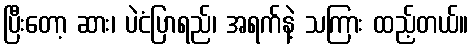
ပြီးတော့ ဆား၊ ပဲငံပြာရည်၊ အရက်နဲ့ သကြား ထည့်တယ်။